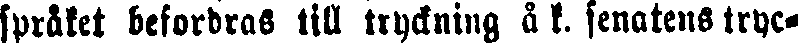
språket befordras till tryckning å k. senatens tryc-